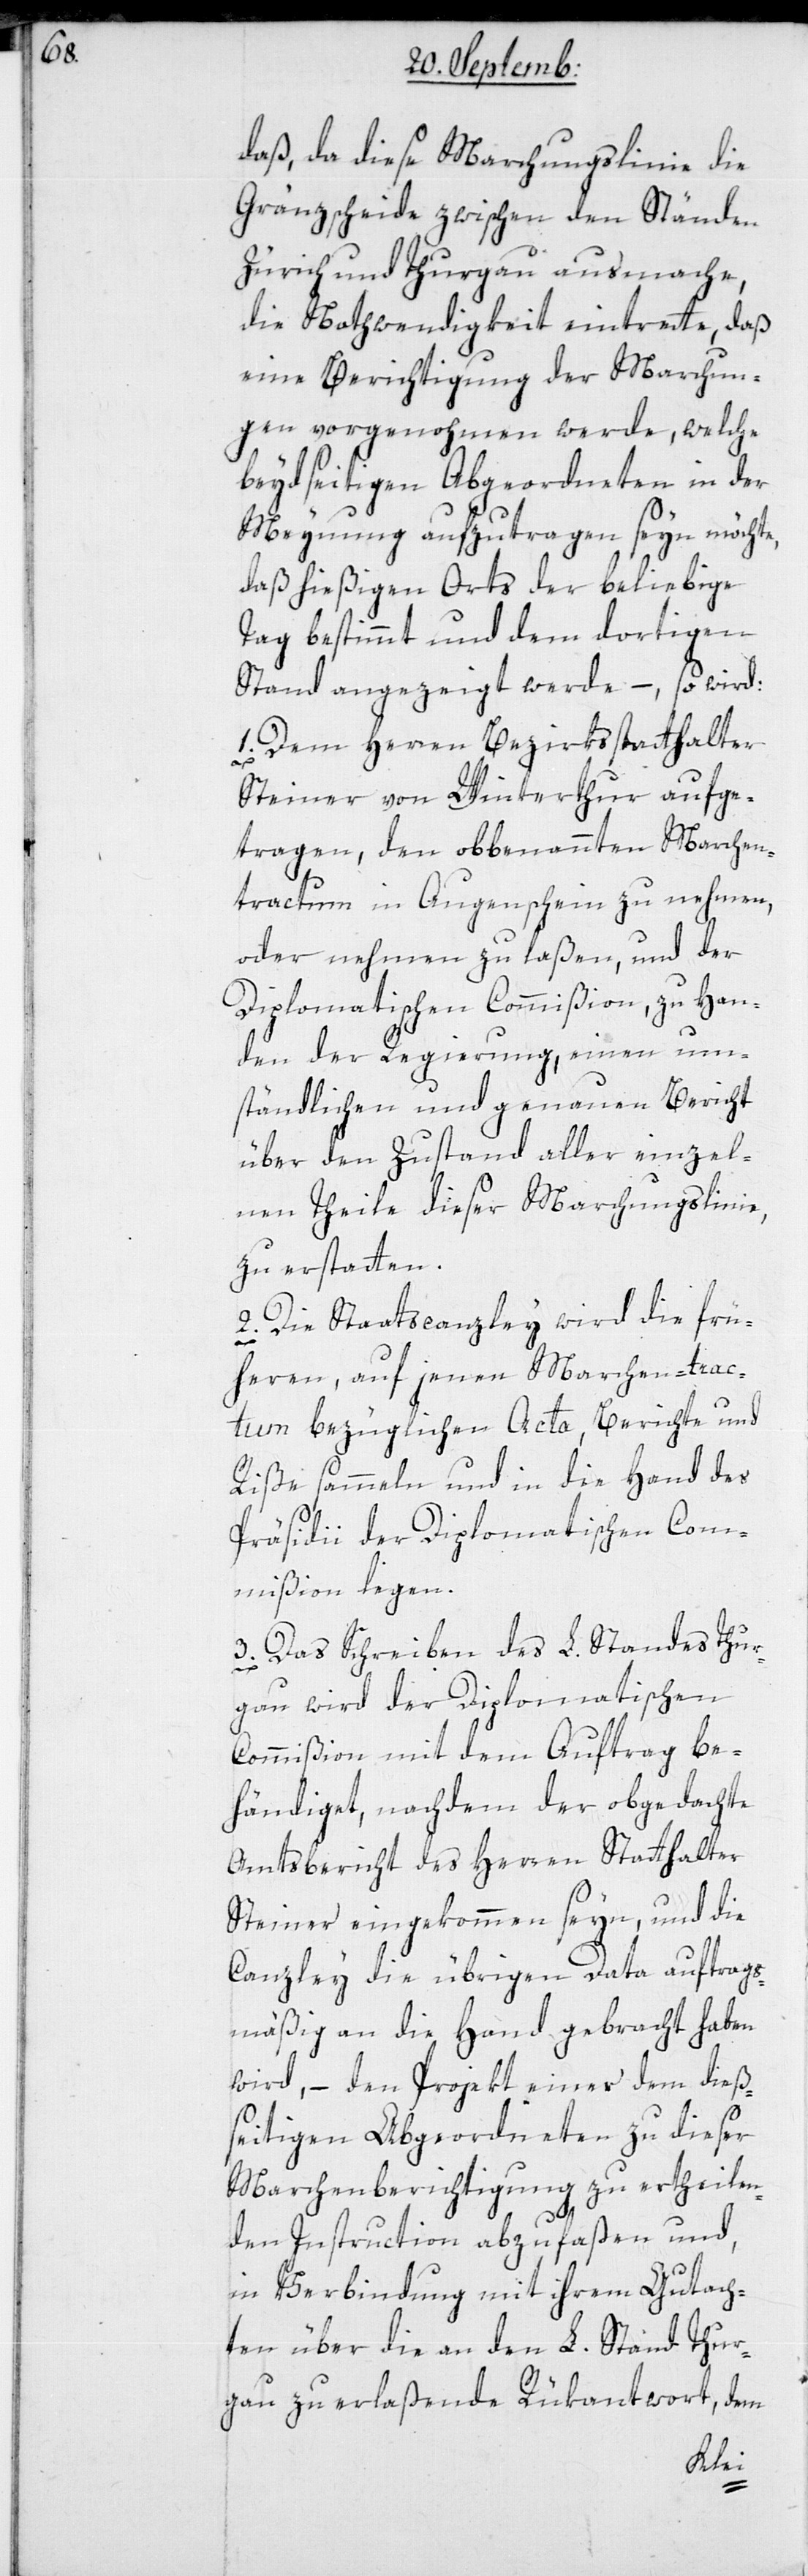
daß, da diese Marchungslinie die
Gränzscheide zwischen den Ständen
Zürich und Thurgau ausmache,
die Nothwendigkeit eintrette, daß
eine Berichtigung der Marchun¬
gen vorgenohmen werde, welche
beydseitigen Abgeordneten in der
Meynung aufzutragen sein möchte,
daß hießigen Orts der beliebige
Tag bestimmt und dem dortigen
Stand angezeigt werde, – so wird:
1. Dem Herren Bezirksstatthalter
Steiner von Winterthur aufge¬
tragen, den obbenannten Marchen¬
tractum in Augenschein zu nehmen,
oder nehmen zu laßen, und der
Diplomatischen Commißion zu Han¬
den der Regierung, einen um¬
ständlichen und genauen Bericht
über den Zustand aller einzel¬
nen Teile dieser Marchungslinie,
zu erstatten.
2. Die Staatscanzley wird die frü¬
heren, auf jenen Marchen-trac¬
tum bezüglichen Acta, Berichte und
Riße sammeln und in die Hand des
Präsidii der Diplomatischen Com¬
mißion legen.
3. Das Schreiben des L. Standes Thur¬
gau wird der Diplomatischen
Commißion mit dem Auftrag be¬
händiget, nachdem der obgedachte
Amtsbericht des Herren Statthalter
Steiner eingekommen seyn, und die
Canzley die übrigen Data auftrags¬
mäßig an die Hand gebracht haben
wird, – den Projekt einer dem dieß¬
seitigen Abgeordneten zu dieser
Marchenberichtigung zu ertheilen¬
den Instruction abzufaßen und,
in Verbindung mit ihrem Gutach¬
ten über die an den L. Stand Thur¬
gau zu erlaßende Rükantwort, dem